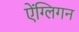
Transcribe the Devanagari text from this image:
ऐंग्लिगन